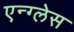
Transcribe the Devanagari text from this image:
एन्ग्लेस